Reports on military cantonments and civil stations in the Presidency of Bombay inspected by the Sanitary Commissioner in the years 1875 and 1876
Year: 1875
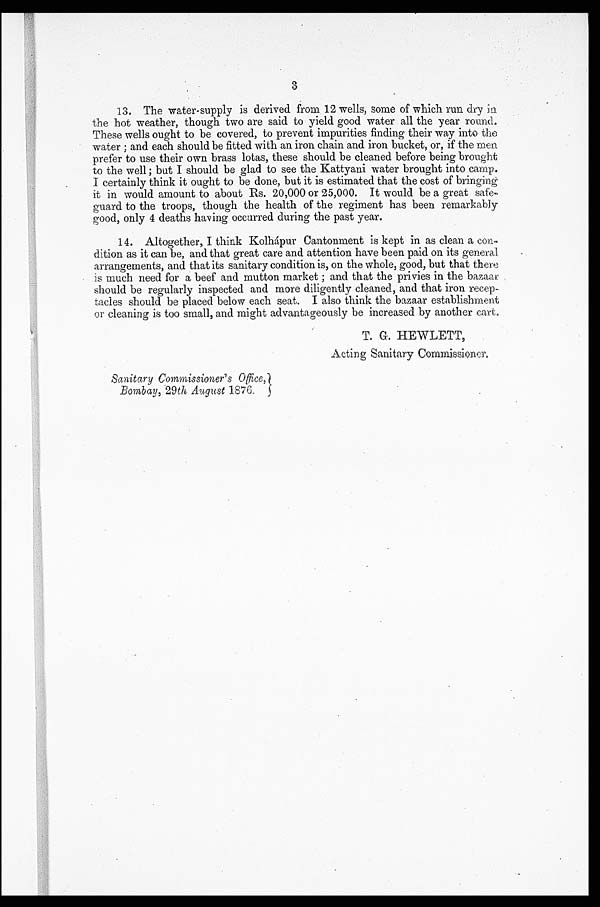
3
13. The water-supply is derived from . 12 wells, some of which run dry in.
the hot weather, though two are said to yield good water all the year round.
These wells ought to be covered, to prevent impurities finding their way into the
water ; and each should be fitted with an iron chain and iron bucket, or, if the men
prefer to use their own brass lotas, these should be cleaned before being brought
to the well ; bat I should be glad to see the Kattyani water brought into camp.
I certainly think it ought to be done, but it is estimated that the cost of bringing
it in would amount to about Rs. 20,000 or 25,000. It would be a great safe-
guard to the troops, though the health of the regiment has been remarkably
good, only 4 deaths having occurred during the past year.
14. Altogether, I think Kolhápur Cantonment is kept in as clean a con.
dition as it can be, and that great care and attention have been paid on its general
arrangements, and that its sanitary condition is, on the whole, good, but that there
is much need for a beef and mutton market ; and that the privies in the bazaar
should be regularly inspected and more diligently cleaned, and that iron recep-
tacles should be placed below each seat. I also think the bazaar establishment
or cleaning is too small, and might advantageously be increased by another cart.
T. G. HEWLETT,
Acting Sanitary Commissioner.
Sanitary Commissioner's Office,
Bombay, 29th August 1876.